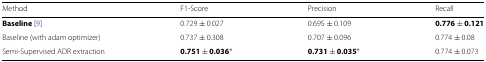
<table><thead><tr><td><b>Method</b></td><td><b>F1-Score</b></td><td><b>Precision</b></td><td><b>Recall</b></td></tr></thead><tbody><tr><td><b>Baseline</b> [9]</td><td>0.729 ±0.027</td><td>0.695 ±0.109</td><td><b>0.776 ±0.121</b></td></tr><tr><td>Baseline (with adam optimizer)</td><td>0.737 ±0.308</td><td>0.707 ±0.096</td><td>0.774 ±0.08</td></tr><tr><td>Semi-Supervised ADR extraction</td><td><b>0.751 ±0.036</b>*</td><td><b>0.731 ±0.035</b>*</td><td>0.774 ±0.073</td></tr></tbody></table>